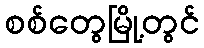
စစ်တွေမြို့တွင်